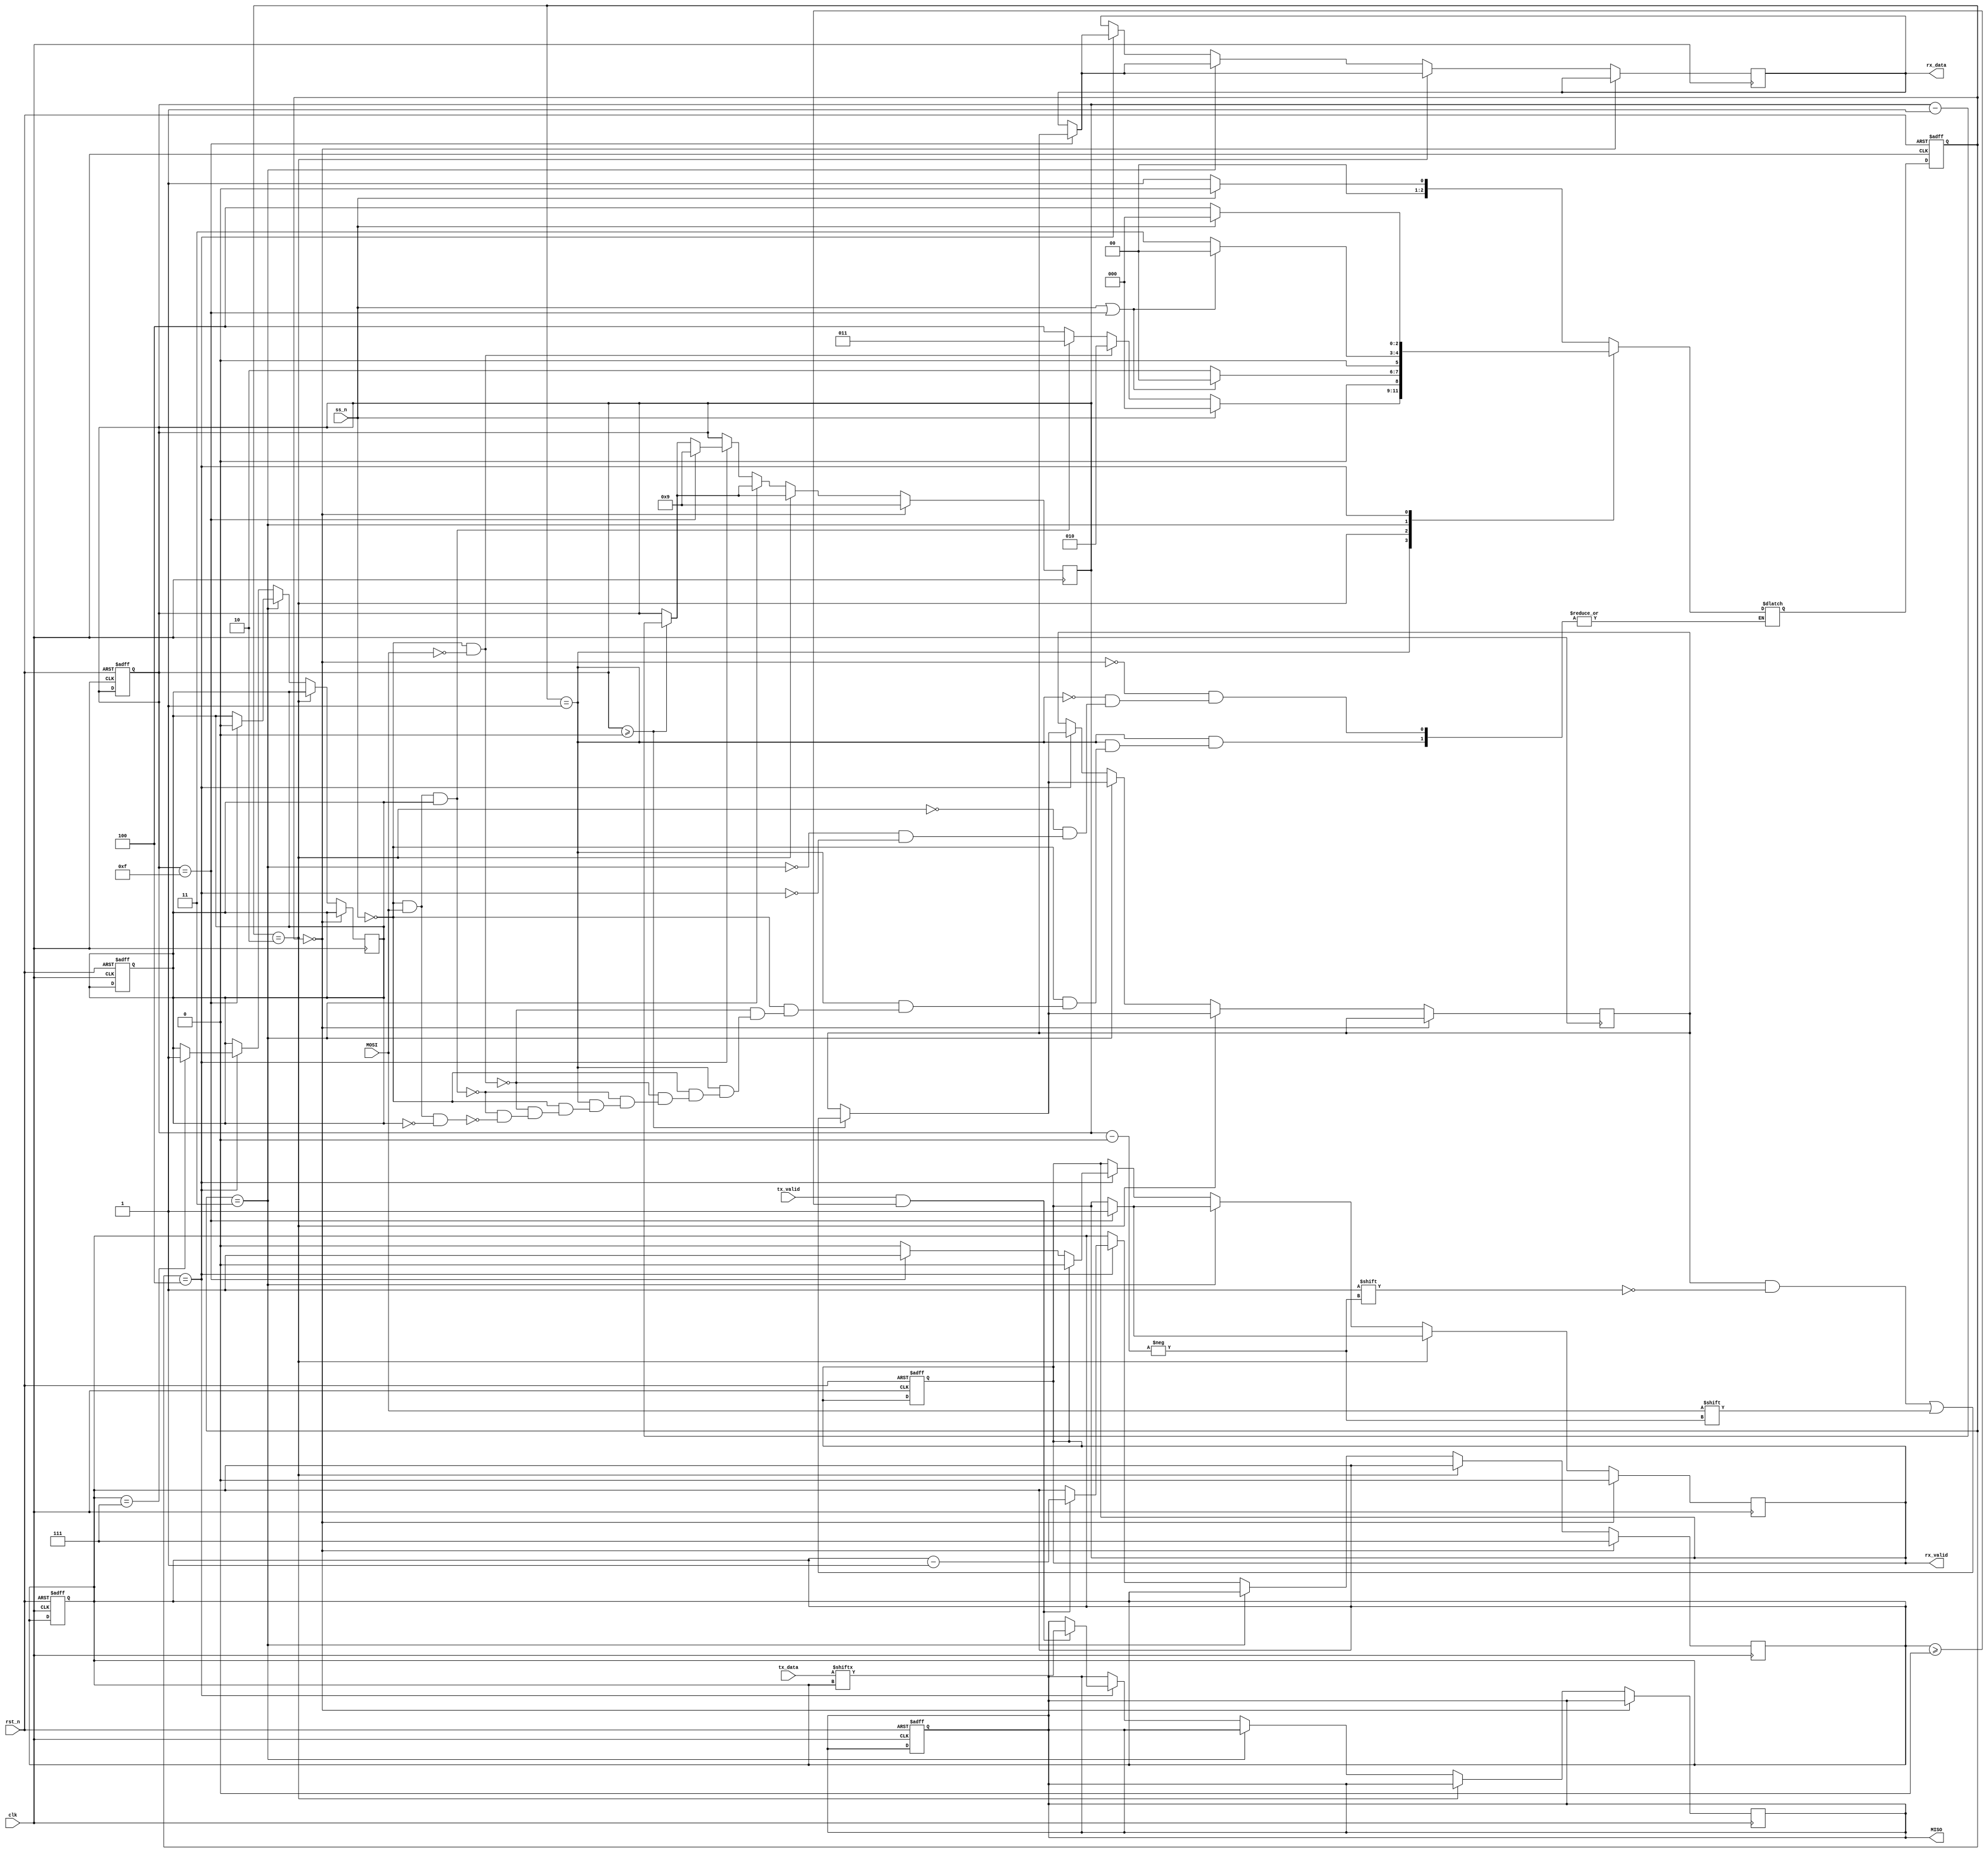
module SPI_SLAVE(
    input MOSI , tx_valid , clk , rst_n , ss_n ,
    input [7:0] tx_data ,
    output reg  MISO , rx_valid , 
    output reg [9:0] rx_data  
);
localparam IDLE = 3'b000,
           CHK_CMD = 3'b001,
           WRITE = 3'b010,
           READ_ADD = 3'b011,
           READ_DATA = 3'b100;
reg [2:0] cs , ns ; ///current state and next state           
reg ADD_DATA_checker ; //if it's set to high then we will go to READ_ADD state and we will go READ_DATA state otherwise
reg [3:0] counter1 ; //a counter to fill the rx_data (general counter)
reg [2:0] counter2 ; //specific counter for the READ_DATA state
reg [9:0] bus ; // an internal signal to be filled and then assigned to rx_data so the data can be sent in parallel

//state memory 
always @(posedge clk or negedge rst_n )
begin
    if(~rst_n) begin
        cs <= IDLE;
        counter1 <= 9; //as the first bit entered will be the MSB
        counter2 <= 7; // as the first bit outted will be the MSB
        ADD_DATA_checker <= 1; // as reading address first is the default
        rx_valid <= 0; 
        MISO  <= 0; // making the default output is zero
    end
    else begin
        cs <= ns ;
    end   
end

//next state logic
always @(*) begin
    case(cs)
        IDLE : begin
            if(ss_n)
                ns = IDLE;
            else    
                ns = CHK_CMD;
        end
        CHK_CMD : begin
            if(ss_n)
                ns = IDLE;
            else begin
                if((~ss_n) && (MOSI == 0))
                    ns = WRITE;
                else if ((~ss_n) && (MOSI == 1) && (ADD_DATA_checker == 1))
                    ns = READ_ADD;
                else if ((~ss_n) && (MOSI == 1) && (ADD_DATA_checker == 0))
                    ns = READ_DATA;
            end
        end
        WRITE : begin
            if(ss_n || counter1 == 4'b1111) //counter = -1(4'b1111 = -1) means that the whole rx_bus is completed so go to state IDLE
                ns = IDLE;
            else 
                ns = WRITE;
        end
        READ_ADD : begin 
            if(ss_n || counter1 == 4'b1111)
                ns = IDLE;     
            else
                ns = READ_ADD;
        end
        READ_DATA : begin        
            if(ss_n)
                ns = IDLE;
            else
                ns = READ_DATA;
        end
    endcase
end

//output logic 
always @(posedge clk) begin
    //IDLE state
    if(cs == IDLE) begin
        rx_valid <= 0;
        counter1 <= 9 ; //to start the same proccess in other states without resetting
        counter2 <= 7 ; 
    end
    //WRITE state
    else if(cs == WRITE) begin
        if (counter1 >= 0)begin
            bus[counter1] <= MOSI;
            counter1 <= counter1 - 1;   //decrement the counter to fill the whole output rx_data
        end
        if(counter1 == 4'b1111) begin//(4'b1111) means that the counter has the value -1 (the rx_data is completed)
            rx_valid = 1;
            rx_data <= bus ; //sending the parallel data to the RAM
        end
    end
    //READ_ADD state  (mostly the same as WRITE state)
    else if (cs == READ_ADD) begin
        if (counter1 >= 0)begin
            bus[counter1] <= MOSI;
            counter1 <= counter1 - 1;   //decrement the counter to fill the whole output rx_data
        end
        if(counter1 == 4'b1111) begin//(4'b1111) means that the counter has the value -1 (the rx_data is completed)
            rx_valid <= 1;
            rx_data <= bus ; //sending the parallel data to the RAM
            ADD_DATA_checker <= 0; //(means that the read address is recieved) as when this state ends we will go to the READ_DATA state 
        end
    end
    //READ_DATA state  
    else if (cs == READ_DATA) begin
        if (counter1 >= 0)begin
            bus[counter1] <= MOSI;
            counter1 <= counter1 - 1;   //decrement the counter to fill the whole output rx_data
        end
        if(counter1 == 4'b1111) begin//(4'b1111) means that the counter has the value -1 (the rx_data is completed)
            rx_valid <= 1;
            rx_data <= bus ; //sending the parallel data to the RAM
            counter1 <= 9 ; //only and only in this case we will reset the counter as we won't go back to the IDLE state until the process ends
        end
        if(rx_valid  == 1) rx_valid <= 0; //only and only in this case we will reset the rx_valid as we won't go back to the IDLE state until the process ends
        if(tx_valid==1 && counter2 >=0)begin
            MISO <= tx_data[counter2] ; //counter-2 as it it's an 8 bit bus not 10 bit bus 
            counter2 <= counter2 - 1 ;
        end
        if(counter2 == 3'b111)begin
            ADD_DATA_checker <= 1; //(means that we should send another address for reading in the next time) so we will go to READ_ADD state
        end
    end


end
endmodule